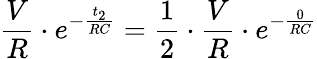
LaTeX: \frac{V}{R}\cdot e^{-\frac{t_{2}}{RC}}=\frac{1}{2}\cdot\frac{V}{R}\cdot e^{-\frac{0}{RC}}